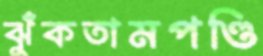
ঝুঁকতামপণ্ডি